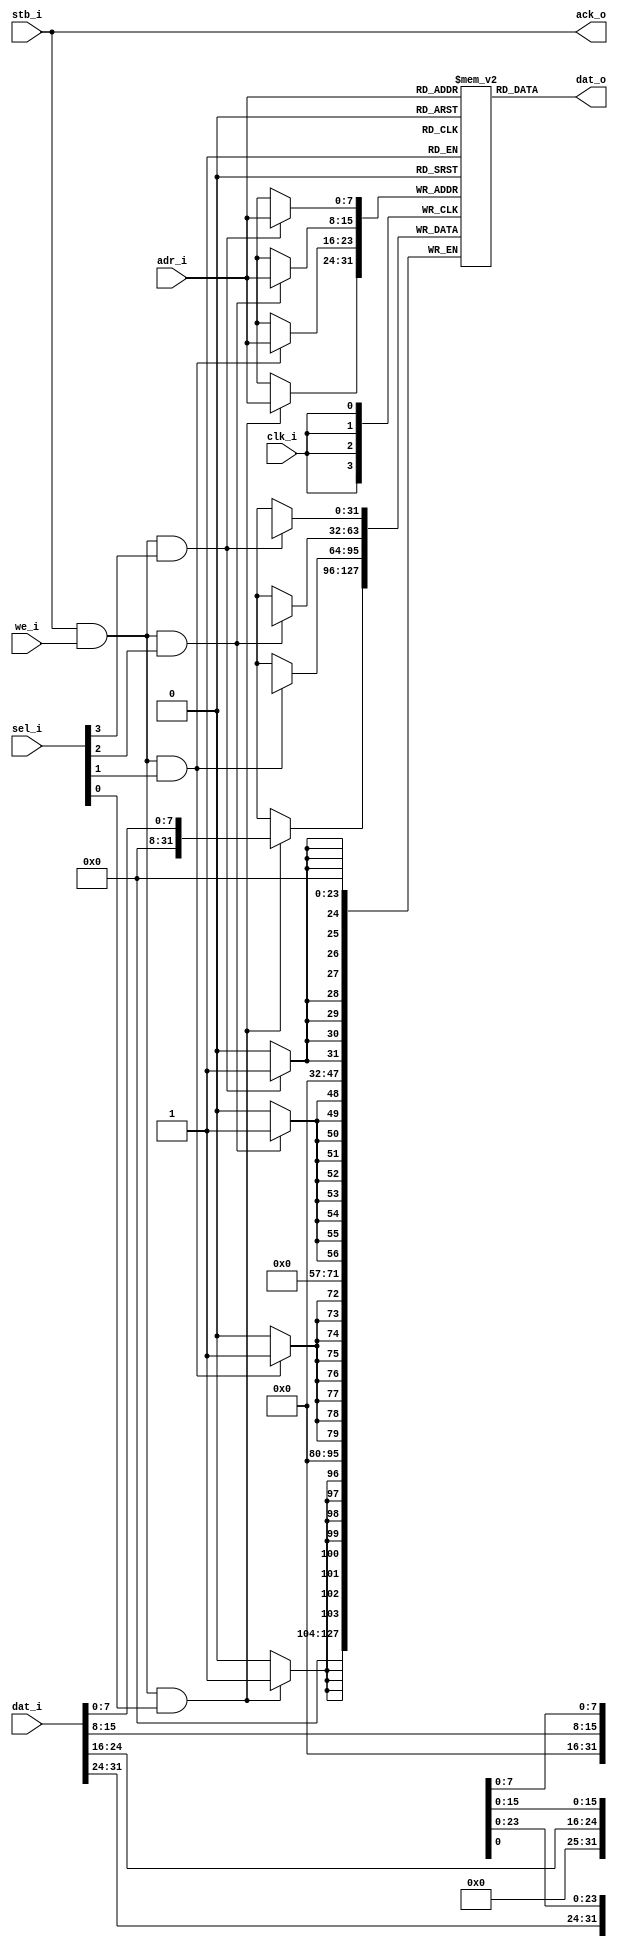


module wb_ram_dist
  #(parameter AWIDTH=8)
    (input clk_i,
     input stb_i,
     input we_i,
     input [AWIDTH-1:0] adr_i,
     input [31:0] dat_i,
     input [3:0] sel_i,
     output [31:0] dat_o,
     output ack_o);

   reg [31:0] distram [0:1<<(AWIDTH-1)];

   always @(posedge clk_i)
     begin
	if(stb_i & we_i & sel_i[3])
	  distram[adr_i][31:24] <= dat_i[31:24];
	if(stb_i & we_i & sel_i[2])
	  distram[adr_i][24:16] <= dat_i[24:16];
	if(stb_i & we_i & sel_i[1])
	  distram[adr_i][15:8] <= dat_i[15:8];
	if(stb_i & we_i & sel_i[0])
	  distram[adr_i][7:0] <= dat_i[7:0];
     end // always @ (posedge clk_i)

   assign dat_o = distram[adr_i];
   assign ack_o = stb_i;

endmodule // wb_ram_dist